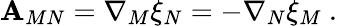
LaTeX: \mathbf{A}_{MN}=\nabla_{M}\xi_{N}=-\nabla_{N}\xi_{M}~.